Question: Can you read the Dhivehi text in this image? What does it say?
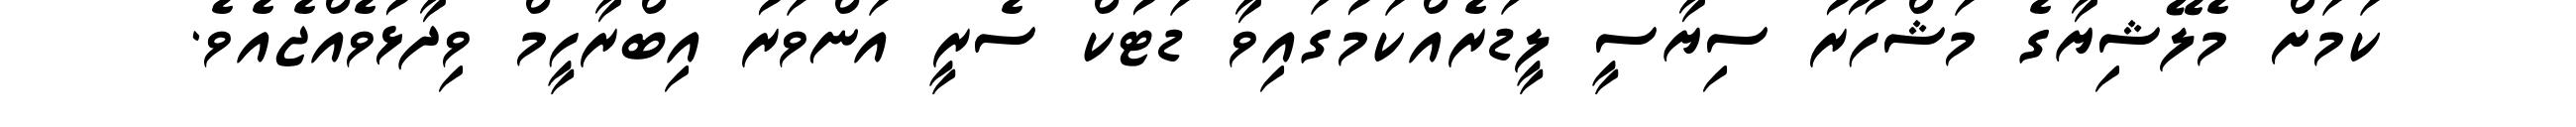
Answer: ކަމަށް މެލޭޝިޔާގެ މަޝްހޫރު ސިޔާސީ ލީޑަރެއްކަމުގައިވާ ޑަޓުކް ސެރީ އަންވަރު އިބްރާހީމް ވިދާޅުވެއްޖެއެވެ.